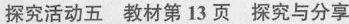
探究活动五 教材第13页 探究与分享